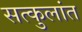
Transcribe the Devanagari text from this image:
सत्कुलांत